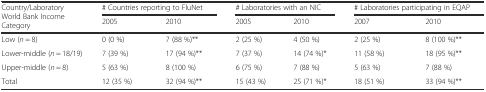
<table><thead><tr><td rowspan="2"><b>Country/Laboratory World Bank Income Category</b></td><td colspan="2"><b># Countries reporting to FluNet</b></td><td colspan="2"><b># Laboratories with an NIC</b></td><td colspan="2"><b># Laboratories participating in EQAP</b></td></tr><tr><td><b>2005</b></td><td><b>2010</b></td><td><b>2005</b></td><td><b>2010</b></td><td><b>2007</b></td><td><b>2010</b></td></tr></thead><tbody><tr><td>Low (<i>n</i> = 8)</td><td>0 (0 %)</td><td>7 (88 %)**</td><td>2 (25 %)</td><td>4 (50 %)</td><td>2 (25 %)</td><td>8 (100 %)**</td></tr><tr><td>Lower-middle (<i>n</i> = 18/19)</td><td>7 (39 %)</td><td>17 (94 %)**</td><td>7 (37 %)</td><td>14 (74 %)*</td><td>11 (58 %)</td><td>18 (95 %)**</td></tr><tr><td>Upper-middle (<i>n</i> = 8)</td><td>5 (63 %)</td><td>8 (100 %)</td><td>6 (75 %)</td><td>7 (88 %)</td><td>5 (63 %)</td><td>7 (88 %)</td></tr><tr><td>Total</td><td>12 (35 %)</td><td>32 (94 %)**</td><td>15 (43 %)</td><td>25 (71 %)*</td><td>18 (51 %)</td><td>33 (94 %)**</td></tr></tbody></table>